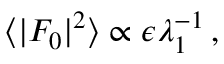
\begin{array} { r } { \langle \vert F _ { 0 } \vert ^ { 2 } \rangle \propto \epsilon \lambda _ { 1 } ^ { - 1 } \, , } \end{array}